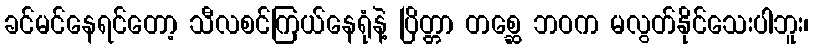
ခင်မင်နေရင်တော့ သီလစင်ကြယ်နေရုံနဲ့ ပြိတ္တာ တစ္ဆေ ဘဝက မလွတ်နိုင်သေးပါဘူး၊